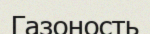
Газоность